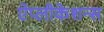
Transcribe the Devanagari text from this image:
ऐप्लीकेशन्स